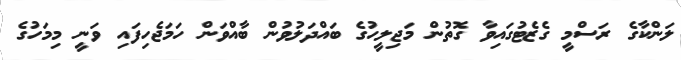
ލަންކާގެ ރަސްމީ ގެޒެޓުގައިވާ ގޮތުން މަޖިލީހުގެ ބައްދަލުވުން ބާއްވަން ހަމަޖެހިފައި ވަނީ މިމަހުގެ